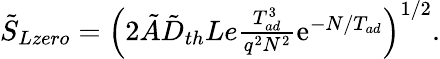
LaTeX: \begin{array}{r}{\tilde{S}_{Lzero}=\left(2\tilde{A}\tilde{D}_{th}Le\frac{T_{ad}^{3}}{q^{2}N^{2}}\mathrm{e}^{-N/T_{ad}}\right)^{1/2}.}\end{array}